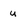
Character: u